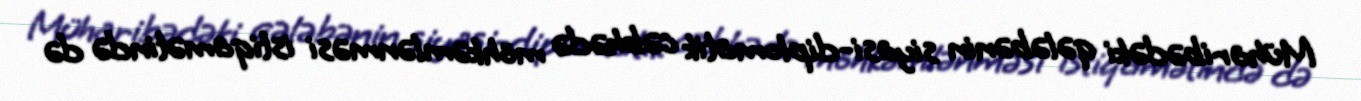
Müharibədəki qələbənin siyasi-diplomatik cəbhədə möhkəmlənməsi istiqamətində də